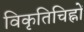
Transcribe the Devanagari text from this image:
विकृतिचिह्नों